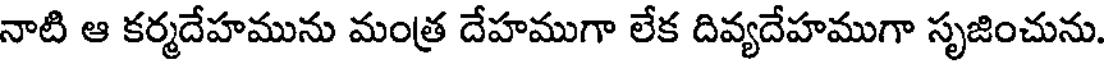
నాటి ఆ కర్మదేహమును మంత్ర దేహముగా లేక దివ్యదేహముగా సృజించును.